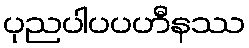
ပုညပါပပဟီနဿ